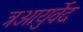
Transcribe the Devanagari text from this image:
त्रआयुर्वेद